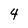
Character: 4